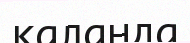
қаланда